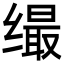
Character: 𦈛